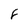
Character: 8